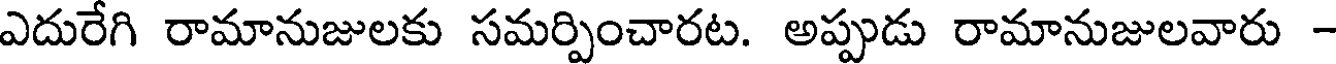
ఎదురేగి రామానుజులకు సమర్పించారట. అప్పుడు రామానుజులవారు -